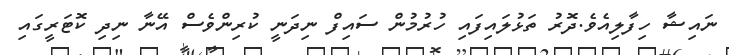
ނައިޝާ ހިފާލިއެވެ.ދޮރު ތަޅުލައިފައި ހުރުމުން ސައިފް ނިދަނީ ކުރިންވެސް އޭނާ ނިދި ކޮޓަރީގައި